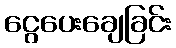
ငွေပေးချေခြင်း